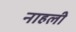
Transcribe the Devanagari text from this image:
नाहली